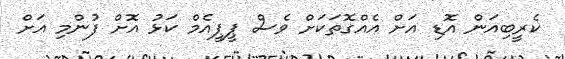
ކެރީބިއަން އޮޑި އަށް އެއްގޮތަކަށް ވެސް ޕީޕީއެމް ކަޅު އޮށް ފުންމި އަށް